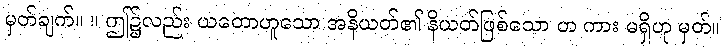
မှတ်ချက်။ ။ ဤ၌လည်း ယတောဟူသော အနိယတ်၏ နိယတ်ဖြစ်သော တ ကား မရှိဟု မှတ်။